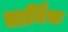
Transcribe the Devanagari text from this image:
धार्मिक